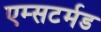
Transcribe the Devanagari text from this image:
एम्सटर्मड